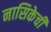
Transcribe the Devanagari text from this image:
नासिकेचीं